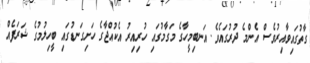
ގާތުގައިވާއިރުވެސް އެންމެ ދުރުގައެވެ. އަނބިމީހާގެ މަގާމުގައި ހުރިއިރު އެކުއްޖާގެ ހަށިގަނޑުގައި ބީހިލުމުގެ ޝަރަފެއް